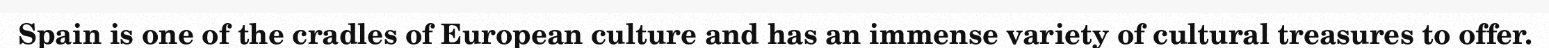
Spain is one of the cradles of European culture and has an immense variety of cultural treasures to offer.